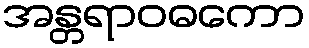
အန္တရာဝဓကော